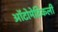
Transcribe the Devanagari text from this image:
ऑटोमेटिकली